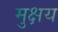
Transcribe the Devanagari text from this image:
मुक्षय